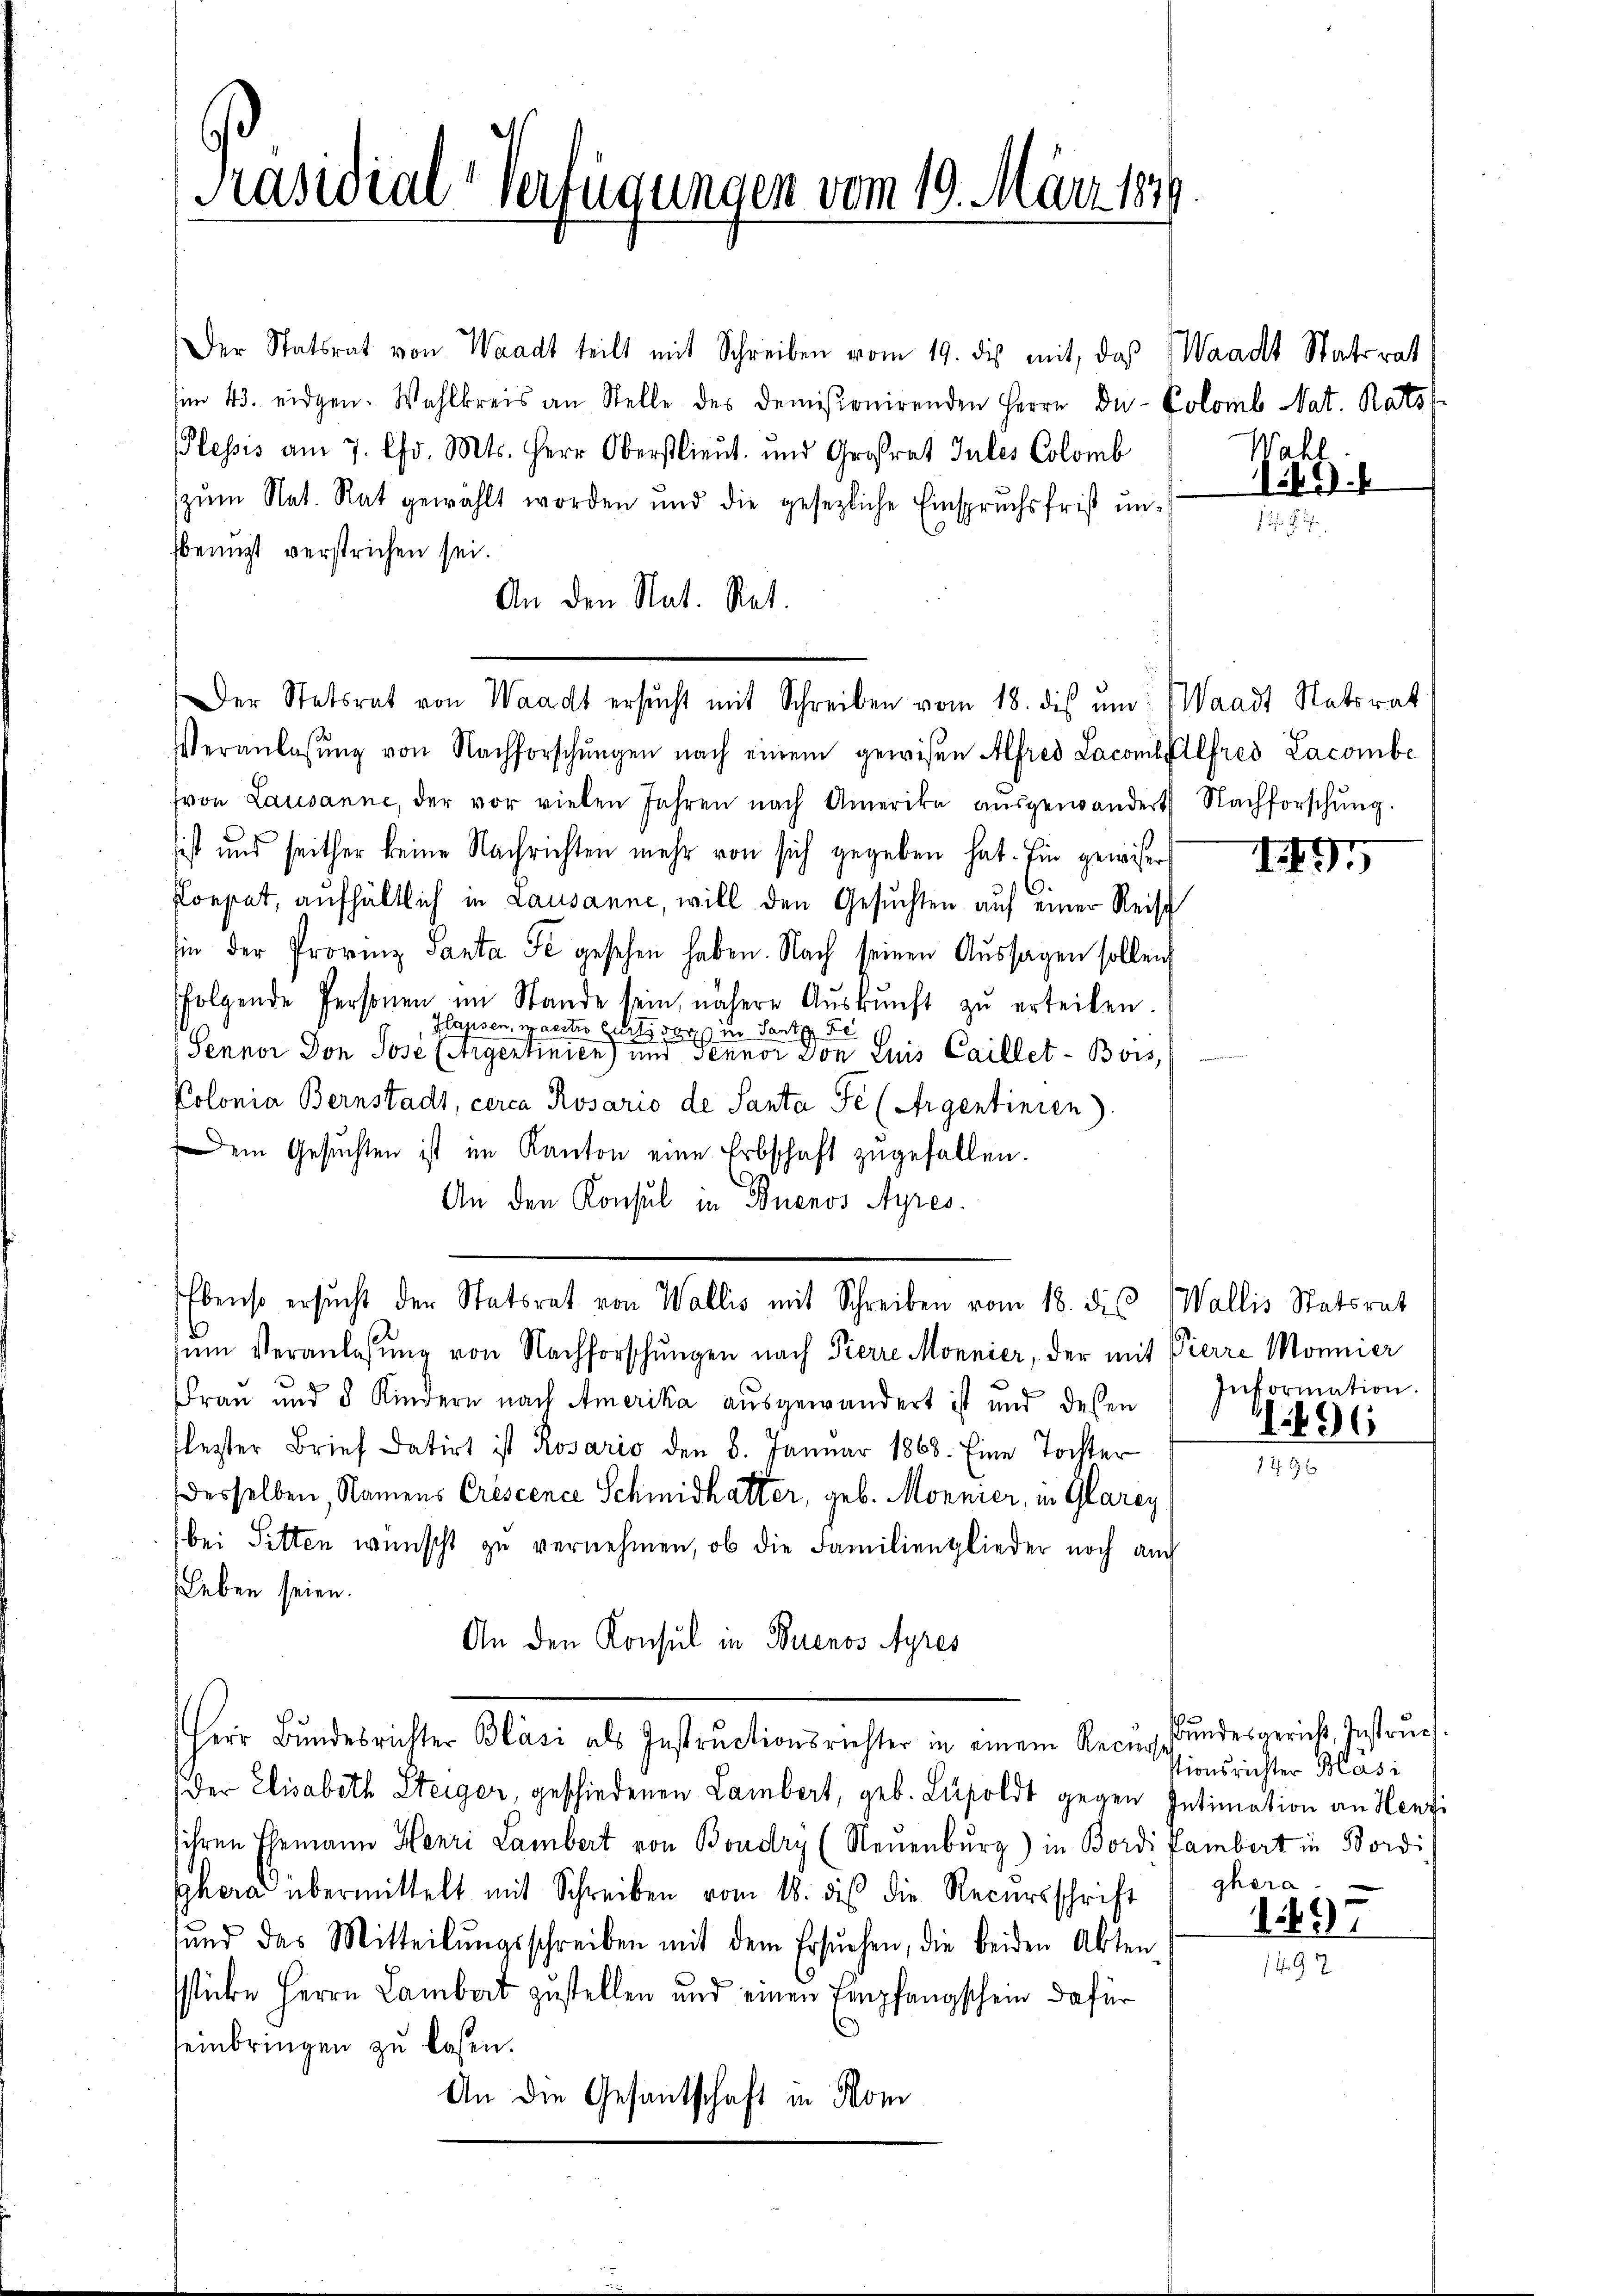
Präsidial-Verfügungen vom 19. März 1879

Der Statsrat von Waadt teilt mit Schreiben vom 19. des mit, das Waadt Statsrat
im 43. eidgen. Wahlkreis an Stelle des demissionirenden Herrn Du-Kolomb Nat. Ratss
Plessis am 7. Chr. Mts. Herr Oberstlieut. und Großrat Jules Colomb
zum Nat. Rat gewählt worden und die gesezliche Einspruchsfrist un-
benuzt verstrichen sei.
An den Nat. Ret.
Veranlassŭng von Nachforschŭngen nach einem gewisen Alfred Lacombyllfred Lacombe
fvon Lausanne, der vor vielen Jahren nach Amerika aŭsgewandert Nachforschŭng.
sist und seither keine Nachrichten mehr von sich gegeben hat. Ein gewisser
Konpet, aufhältlich in Lausanne, will den Gesuchten auf einer Reisch
sin der Provinz Santa de gesehen haben. Nach seinen Aŭssagen sollen
folgende Personen im Stande sein, nähere Aŭskŭnft zŭ erteilen.
Hlassen, waectro curti vor zu Santz de
Senner Don Jose (Argentinien) und Fenner von Luis Caillet-Bois,
Polonia Bernstadt, circa Rosario de Santa Fe (Argentinien).
Dem Gesŭchten ist im Kanton eine Erbschaft zugefallen.
An den Konsul in Buenos Ayres.
Ebenso ersucht der Statsrat von Wallis mit Schreiben vom 18. dis Wallis Statsrat
sŭm Veranlassŭng von Nachforschŭngen nach Pierre Monnier, der mit Pierre Monnier
Frau und 5 Kindern nach Amerika ausgewandert ist und dessen
flezter Brief datirt ist Rosario den 8. Januar 1868. Eine Tochter
desselben, Namens Crescence Schmidhatter, geb. Monnier, in Glarey
bei Sitten wünscht zu vernehmen, ob die Familienglieder noch auch
Leben seien.
An den Konsul in Buenos Ayres
Herr Bundesrichter Bläsi als Instructionsrichter in einem Recurs
Der Elisabeth Steiger, geschiedenen Lambert, geb. Lisoldt gegen Intimation an Henzi
sihren Ehemann Henri Lambert von Boudry (Neuenburg) in Bordi Pambert in Bordi
hera übermittelt mit Schreiben vom 18. des die Recursschrift
sŭnd das Mitteilŭngsschreiben mit dem Ersŭchen, die beiden Akten-
sticke Herrn Lambert zustellen und einen Empfangschein dafür
einbringen zu lesen.
An die Gesantschaft in Mom

Der Statsrat von Waadt ersŭcht mit Schreiben vom 18. dis ŭm Waadt Ratsrat

Wahl

1261).

149

Information.
896

1496

Bundesgericht, Instruch.
stionsrichter Blasi
ghera
497

2